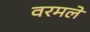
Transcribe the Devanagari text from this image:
वरमले